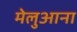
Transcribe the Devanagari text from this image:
मेलुआना